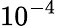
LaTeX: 10^{-4}\